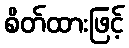
စိတ်ထားဖြင့်